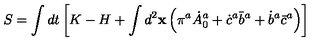
S = \int d t \left[ K - H + \int d ^ { 2 } { \bf x } \left( \pi ^ { a } \dot { A } _ { 0 } ^ { a } + \dot { c } ^ { a } { \bar { b } } ^ { a } + \dot { b } ^ { a } \bar { c } ^ { a } \right) \right]